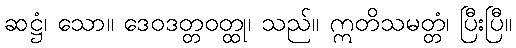
ဆဋ္ဌံ၊ သော။ ဒေဝဒတ္တဝတ္ထု၊ သည်။ ဣတိသမတ္တံ၊ ပြီးပြီ။